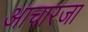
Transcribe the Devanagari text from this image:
आचारजा